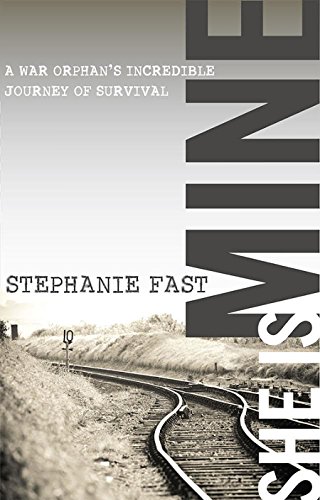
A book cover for She Is Mine: A War Orphans' Incredible Journey of Survival; Stephanie Fast; History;